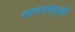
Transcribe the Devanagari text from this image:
सायनसदुखी